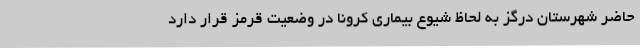
حاضر شهرستان درگز به لحاظ شیوع بیماری کرونا در وضعیت قرمز قرار دارد